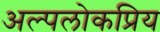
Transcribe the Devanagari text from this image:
अल्पलोकप्रिय